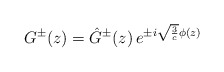
\begin{align*}G^{\pm}(z) = \hat G^{\pm}(z)\, e^{\pm i {\sqrt {{ 3 \over c}}} \phi(z) } \end{align*}